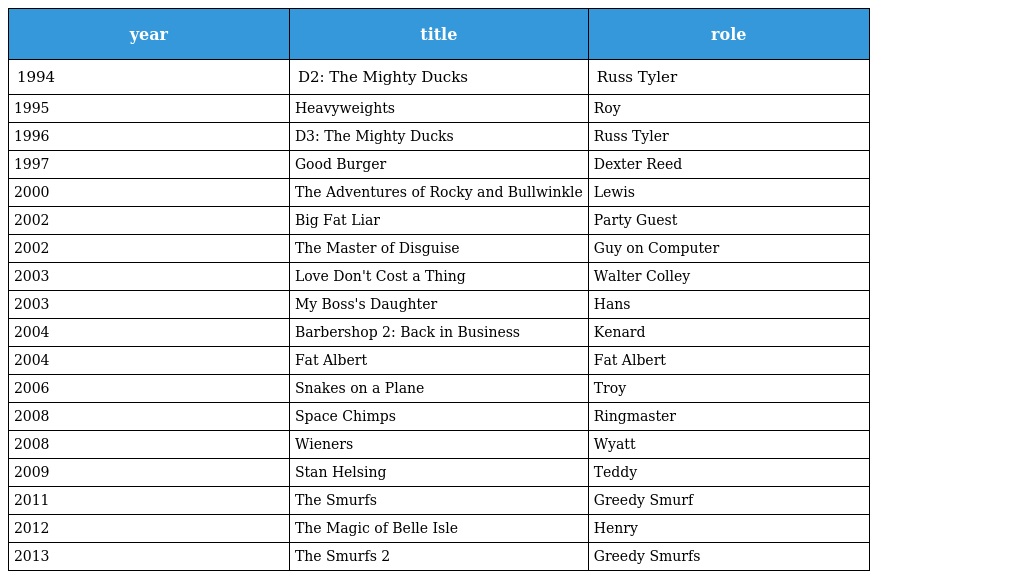
| year | title | role |
 | --- | --- | --- |
 | 1994 | D2: The Mighty Ducks | Russ Tyler |
 | 1995 | Heavyweights | Roy |
 | 1996 | D3: The Mighty Ducks | Russ Tyler |
 | 1997 | Good Burger | Dexter Reed |
 | 2000 | The Adventures of Rocky and Bullwinkle | Lewis |
 | 2002 | Big Fat Liar | Party Guest |
 | 2002 | The Master of Disguise | Guy on Computer |
 | 2003 | Love Don't Cost a Thing | Walter Colley |
 | 2003 | My Boss's Daughter | Hans |
 | 2004 | Barbershop 2: Back in Business | Kenard |
 | 2004 | Fat Albert | Fat Albert |
 | 2006 | Snakes on a Plane | Troy |
 | 2008 | Space Chimps | Ringmaster |
 | 2008 | Wieners | Wyatt |
 | 2009 | Stan Helsing | Teddy |
 | 2011 | The Smurfs | Greedy Smurf |
 | 2012 | The Magic of Belle Isle | Henry |
 | 2013 | The Smurfs 2 | Greedy Smurfs |